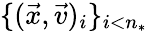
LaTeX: \{ (\vec{x},\vec{v})_{i}\} _{i<n_{*}}